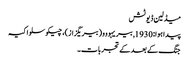
میڈلین ڈیوٹش
پیدا ہوا: 1930, بیریہووو (بیریگزاز)، چیکوسلواکیہ
جنگ کے بعد کے تجربات۔